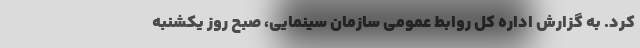
کرد. به گزارش اداره کل روابط عمومی سازمان سینمایی، صبح روز یکشنبه